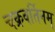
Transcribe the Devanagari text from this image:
चक्रवर्तिनम्